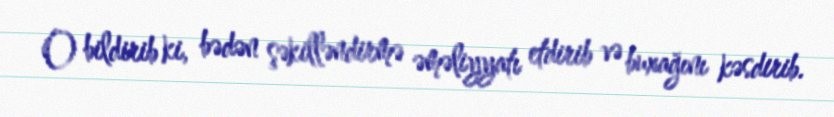
O bildirib ki, bədən şəkilləndirmə əməliyyatı etdirib və buxağını kəsdirib.